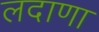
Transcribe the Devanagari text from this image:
लदाणा